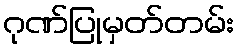
ဂုဏ်ပြုမှတ်တမ်း